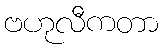
ဗဟုလီကတာ